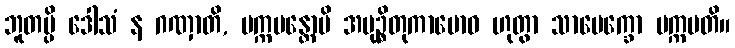
ဘူတမ္ပိ ဒေါသံ န ဂဏှာတိ, ပက္ကမန္တောပိ အမုဉ္စိတုကာမောဝ ဟုတွာ သာပေက္ခော ပက္ကမတိ။